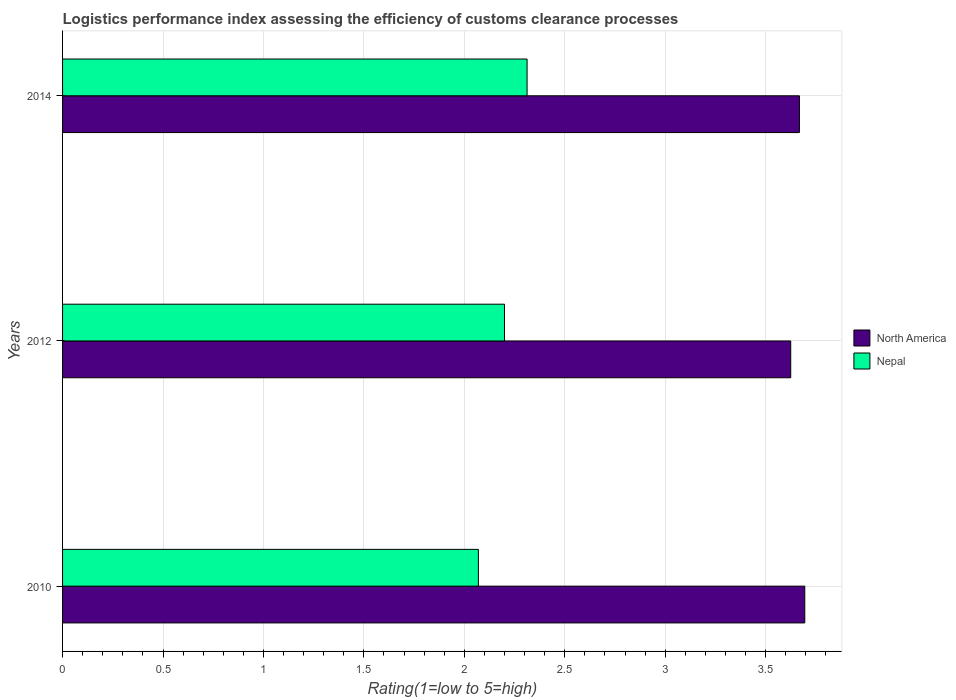
| Years | North America | Nepal |
 | --- | --- | --- |
 | 2010 | 3.69 | 2.07 |
 | 2012 | 3.62 | 2.2 |
 | 2014 | 3.67 | 2.31 |